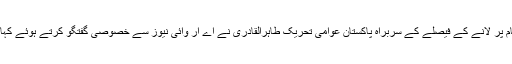
تفصیلات کے مطابق لاہور ہائیکورٹ کے سانحہ ماڈل ٹاؤن کی انکوائری رپورٹ منظر عام پر لانے کے فیصلے کے سربراہ پاکستان عوامی تحریک طاہرالقادری نے اے آر وائی نیوز سے خصوصی گفتگو کرتے ہوئے کہا کہ ہائیکورٹ نے مظلوموں کی مدد کی ہے، حکومت نے معصوم لوگوں کی جانیں لی ہیں۔